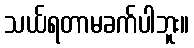
သယ်ရတာမခက်ပါဘူး။